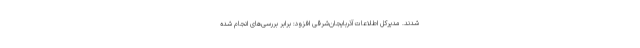
شدند. مدیرکل اطلاعات آذربایجان‌شرقی افزود: برابر بررسی‌های انجام شده